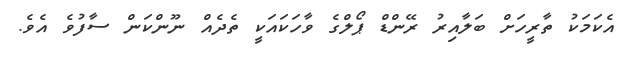
އެކަމަކު ތާރީހަށް ބަލާއިރު ރޭންޑް ޕޯލްގެ ވާހަކައަކީ ތެދެއް ނޫންކަން ސާފުވެ އެވެ.